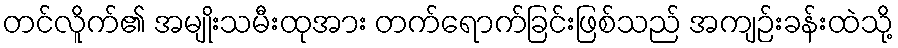
တင်လိူက်၏ အမျိုးသမီးထုအား တက်ရောက်ခြင်းဖြစ်သည် အကျဉ်းခန်းထဲသို့